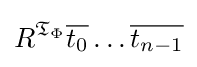
R^{{\mathfrak {T}}_{\Phi }}{\overline {t_{0}}}\ldots {\overline {t_{n-1}}}